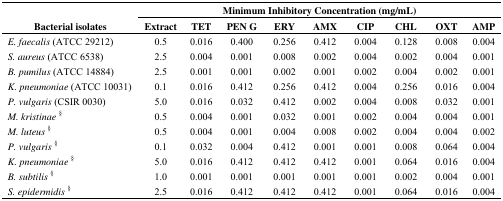
<table><thead><tr><td></td><td colspan="9"><b>Minimum Inhibitory Concentration (mg/mL)</b></td></tr><tr><td><b>Bacterial isolates</b></td><td><b>Extract</b></td><td><b>TET</b></td><td><b>PEN G</b></td><td><b>ERY</b></td><td><b>AMX</b></td><td><b>CIP</b></td><td><b>CHL</b></td><td><b>OXT</b></td><td><b>AMP</b></td></tr></thead><tbody><tr><td><i>E. faecalis</i> (ATCC 29212)</td><td>0.5</td><td>0.016</td><td>0.400</td><td>0.256</td><td>0.412</td><td>0.004</td><td>0.128</td><td>0.008</td><td>0.004</td></tr><tr><td><i>S. aureus</i> (ATCC 6538)</td><td>2.5</td><td>0.004</td><td>0.001</td><td>0.008</td><td>0.002</td><td>0.004</td><td>0.002</td><td>0.004</td><td>0.001</td></tr><tr><td><i>B. pumilus</i> (ATCC 14884)</td><td>2.5</td><td>0.001</td><td>0.001</td><td>0.002</td><td>0.001</td><td>0.002</td><td>0.004</td><td>0.002</td><td>0.001</td></tr><tr><td><i>K. pneumoniae</i> (ATCC 10031)</td><td>0.1</td><td>0.016</td><td>0.412</td><td>0.256</td><td>0.412</td><td>0.004</td><td>0.256</td><td>0.016</td><td>0.004</td></tr><tr><td><i>P. vulgaris</i> (CSIR 0030)</td><td>5.0</td><td>0.016</td><td>0.032</td><td>0.412</td><td>0.002</td><td>0.004</td><td>0.008</td><td>0.032</td><td>0.001</td></tr><tr><td><i>M. kristinae</i>§</td><td>0.5</td><td>0.004</td><td>0.001</td><td>0.032</td><td>0.001</td><td>0.002</td><td>0.004</td><td>0.004</td><td>0.001</td></tr><tr><td><i>M. luteus</i>§</td><td>0.5</td><td>0.004</td><td>0.001</td><td>0.004</td><td>0.008</td><td>0.002</td><td>0.004</td><td>0.004</td><td>0.002</td></tr><tr><td><i>P. vulgaris</i>§</td><td>0.1</td><td>0.032</td><td>0.004</td><td>0.412</td><td>0.001</td><td>0.001</td><td>0.008</td><td>0.064</td><td>0.004</td></tr><tr><td><i>K. pneumoniae</i>§</td><td>5.0</td><td>0.016</td><td>0.412</td><td>0.412</td><td>0.412</td><td>0.001</td><td>0.064</td><td>0.016</td><td>0.004</td></tr><tr><td><i>B. subtilis</i>§</td><td>1.0</td><td>0.001</td><td>0.001</td><td>0.001</td><td>0.001</td><td>0.001</td><td>0.002</td><td>0.004</td><td>0.001</td></tr><tr><td><i>S. epidermidis</i>§</td><td>2.5</td><td>0.016</td><td>0.412</td><td>0.412</td><td>0.412</td><td>0.001</td><td>0.064</td><td>0.016</td><td>0.004</td></tr></tbody></table>